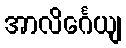
အာလိင်္ဂေယျ